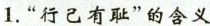
1.”行己有耻”的含义